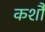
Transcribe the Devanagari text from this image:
कर्शौ